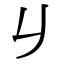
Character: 𠂈